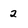
Character: 2